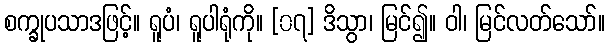
စက္ခုပသာဒဖြင့်။ ရူပံ၊ ရူပါရုံကို။ [၀၇] ဒိသွာ၊ မြင်၍။ ဝါ၊ မြင်လတ်သော်။